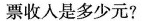
票收入是多少元?